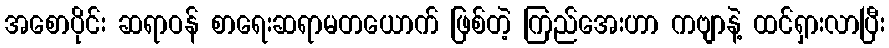
အစောပိုင်း ဆရာဝန် စာရေးဆရာမတယောက် ဖြစ်တဲ့ ကြည်အေးဟာ ကဗျာနဲ့ ထင်ရှားလာပြီး